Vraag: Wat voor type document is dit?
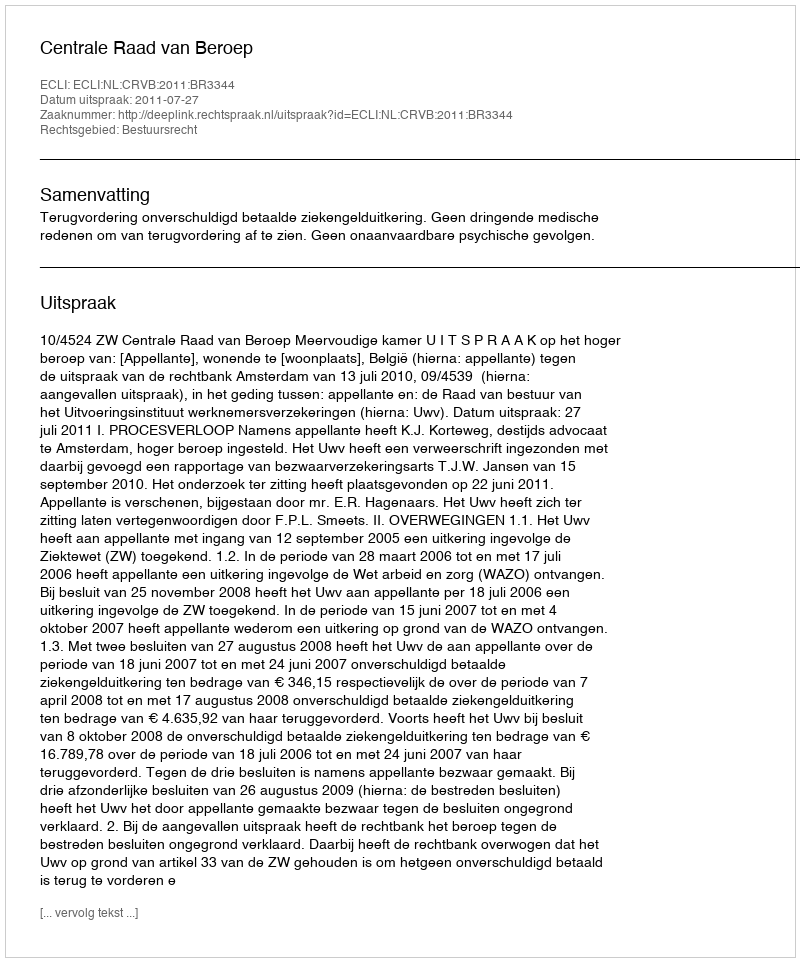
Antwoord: Uitspraak